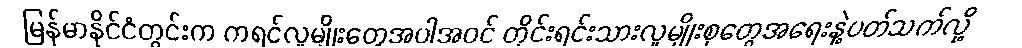
မြန်မာနိုင်ငံတွင်းက ကရင်လူမျိုးတွေအပါအဝင် တိုင်းရင်းသားလူမျိုးစုတွေအရေးနဲ့ပတ်သက်လို့